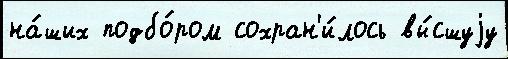
на́ших подбо́ром сохран'и́лось вы́сшуjу